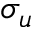
\sigma _ { u }